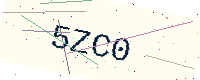
Text: 5ZC0